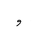
Letter: _waw